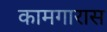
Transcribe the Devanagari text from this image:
कामगारास